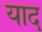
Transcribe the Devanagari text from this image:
याद